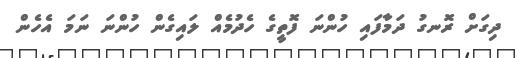
ދިގަށް ރޮނގު ދަމާފައި ހުންނަ ފޮތީގެ ހެދުމެއް ލައިގެން ހުންނަ ނަމަ އެހެން